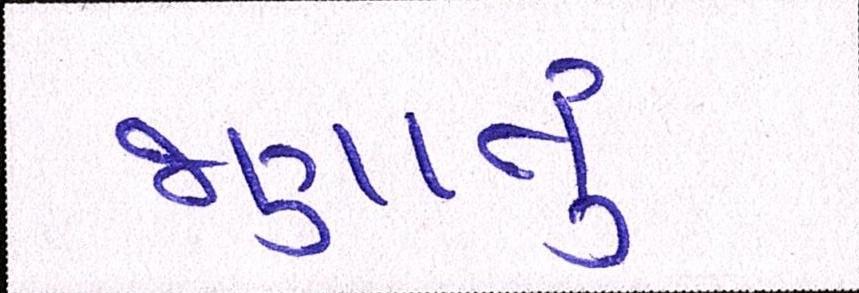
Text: જણાતું